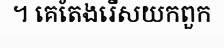
។ គេតែងរើសយកពួក